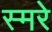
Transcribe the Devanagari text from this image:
स्मरे